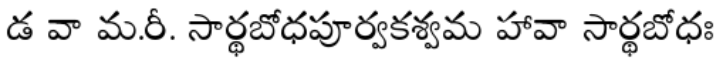
డ వా మ.రీ. సార్థబోధపూర్వకశ్వమ హావా సార్థబోధః